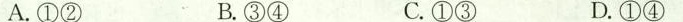
A.①② B.③④ C.①③ D.①④